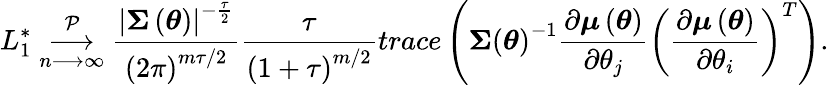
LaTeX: L_{1}^{\ast}\underset{n\longrightarrow\infty}{\overset{\mathcal{P}}{\longrightarrow}}\frac{\left\vert\boldsymbol{\Sigma}\left(\boldsymbol{\theta}\right)\right\vert^{-\frac{\tau}{2}}}{\left(2\pi\right)^{m\tau/2}}\frac{\tau}{\left(1+\tau\right)^{m/2}}trace\left(\boldsymbol{\Sigma}\left(\boldsymbol{\theta}\right)^{-1}\frac{\partial\boldsymbol{\mu}\left(\boldsymbol{\theta}\right)}{\partial\theta_{j}}\left(\frac{\partial\boldsymbol{\mu}\left(\boldsymbol{\theta}\right)}{\partial\theta_{i}}\right)^{T}\right).